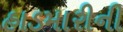
હાડમારીની